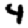
Digit: 4